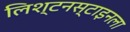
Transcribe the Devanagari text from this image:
लिश्टनस्टाइनला